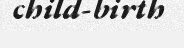
child-birth